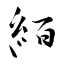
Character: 絔